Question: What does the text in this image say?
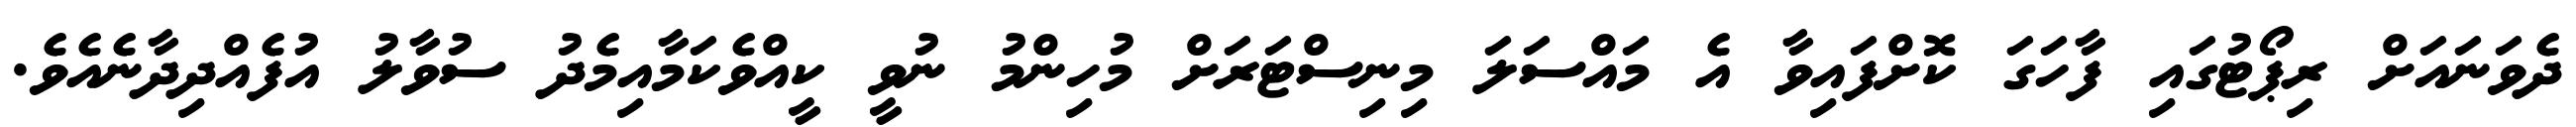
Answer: ދެވަނައަށް ރިޕޯޓުގައި ފާހަގަ ކޮށްފައިވާ އެ މައްސަލަ މިނިސްޓަރަށް މުހިންމު ނުވީ ކީއްވެކަމާއިމެދު ސުވާލު އުފެއްދިދާނެއެވެ.